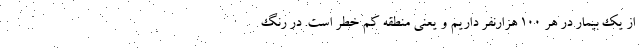
از یک بیمار در هر ۱۰۰ هزارنفر داریم و یعنی منطقه کم خطر است. در رنگ